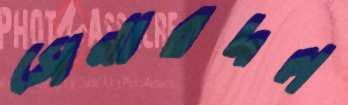
সেনারদল